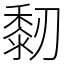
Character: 䵑